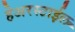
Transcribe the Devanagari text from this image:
हेअरस्टाईल